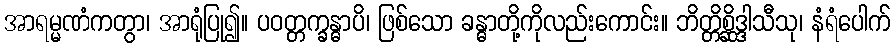
အာရမ္မဏံကတွာ၊ အာရုံပြု၍။ ပဝတ္တက္ခန္ဓာပိ၊ ဖြစ်သော ခန္ဓာတို့ကိုလည်းကောင်း။ ဘိတ္တိစ္ဆိဒ္ဒါသီသု၊ နံရံပေါက်